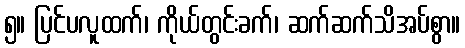
၅။ ပြင်ပလူထက်၊ ကိုယ်တွင်းခက်၊ ဆက်ဆက်သိအပ်စွာ။